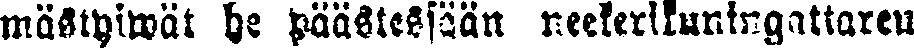
hästyiwät he päästessään neekerikuningattaren